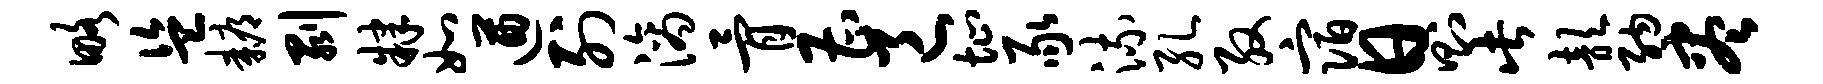
略盗耨剥肄如遒列滴骨曹邑址豕流孔殷宿日则此歆纳尽